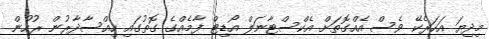
މިދިޔަ އަހަރެކޭ ވެސް އެއްގޮތަށް އެކްސްޓާނަލް އޯޑިޓް ފާމެއްގެ ގޮތުގައި ހިއްސާދާރުން ރުހުން